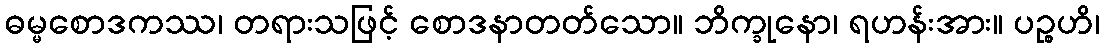
ဓမ္မစောဒကဿ၊ တရားသဖြင့် စောဒနာတတ်သော။ ဘိက္ခုနော၊ ရဟန်းအား။ ပဉ္စဟိ၊